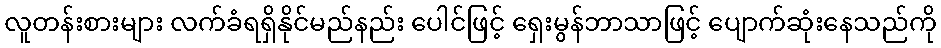
လူတန်းစားများ လက်ခံရရှိနိုင်မည်နည်း ပေါင်ဖြင့် ရှေးမွန်ဘာသာဖြင့် ပျောက်ဆုံးနေသည်ကို